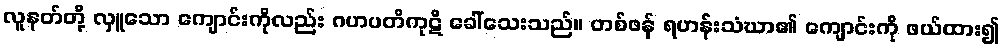
လူနတ်တို့ လှူသော ကျောင်းကိုလည်း ဂဟပတိကုဋိ ခေါ်သေးသည်။ တစ်ဖန် ရဟန်းသံဃာ၏ ကျောင်းကို ဖယ်ထား၍